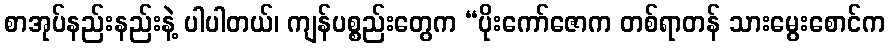
စာအုပ်နည်းနည်းနဲ့ ပါပါတယ်၊ ကျန်ပစ္စည်းတွေက “ပိုးကော်ဇောက တစ်ရာတန် သားမွေးစောင်က